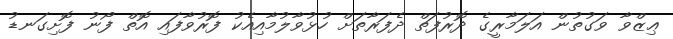
ޢިޒްވާ ވަގުތުން އަލަމާރީގެ ދޮރުފަތް ދެފަރާތަށް ހުޅުވާލުމާއިއެކު ފޮރުވާފައި އޮތް ފޯނު ފޮށިގަނޑު